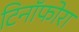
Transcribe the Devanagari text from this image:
टिनॉफोरा